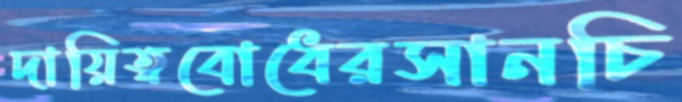
দায়িত্ববোধেরসানচি